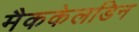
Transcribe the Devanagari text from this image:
मैककेलडिन